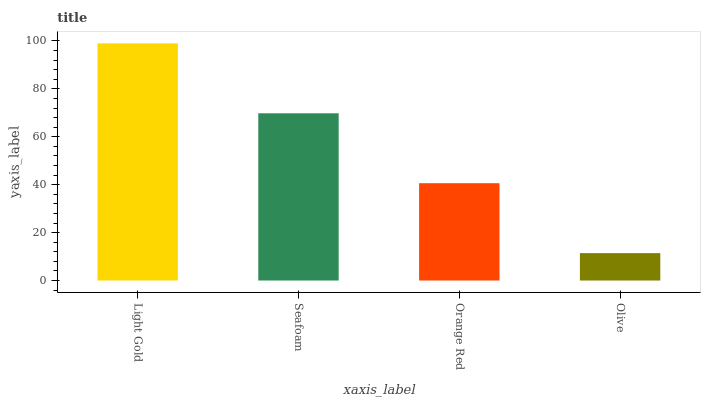
| xaxis_label | bars |
 | --- | --- |
 | Light Gold | 99 |
 | Seafoam | 69.8 |
 | Orange Red | 40.6 |
 | Olive | 11.4 |